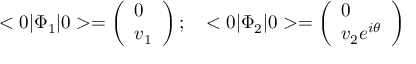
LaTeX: < 0 \vert \Phi _ { 1 } \vert 0 > = \left( \begin{array} { l } { { 0 } } \\ { { v _ { 1 } } } \end{array} \right) ; \ \ \ < 0 \vert \Phi _ { 2 } \vert 0 > = \left( \begin{array} { l } { { 0 } } \\ { { v _ { 2 } e ^ { i \theta } } } \end{array} \right)